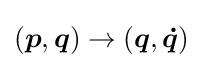
({\boldsymbol {p}},{\boldsymbol {q}})\to ({\boldsymbol {q}},{\boldsymbol {\dot {q}}})